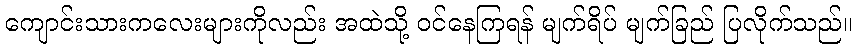
ကျောင်းသားကလေးများကိုလည်း အထဲသို့ ဝင်နေကြရန် မျက်ရိပ် မျက်ခြည် ပြလိုက်သည်။